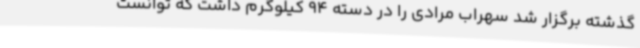
گذشته برگزار شد سهراب مرادی را در دسته 94 کیلوگرم داشت که توانست